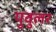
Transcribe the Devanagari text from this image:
युवुलर